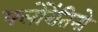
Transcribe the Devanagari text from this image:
फ्लोरेंतिनो